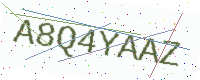
Text: A8Q4YAAZ